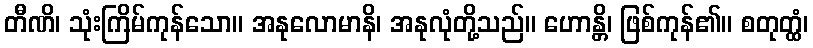
တီဏိ၊ သုံးကြိမ်ကုန်သော။ အနုလောမာနိ၊ အနုလုံတို့သည်။ ဟောန္တိ၊ ဖြစ်ကုန်၏။ စတုတ္ထံ၊